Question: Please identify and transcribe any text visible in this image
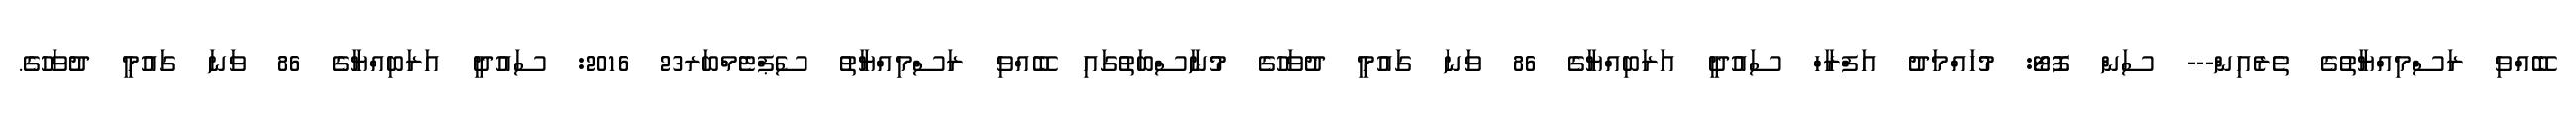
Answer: ބޭއްވި ރަސްމިއްޔާތުގެ ތެރެއިން--- ސަން ފޮޓޯ: މުހައްމަދު އަފްރާހް ސައުދީ އަރަބިއްޔާގެ 86 ވަނަ ގައުމީ ދުވަހުގެ މުނާސްބަތުގައި ބޭއްވި ރަސްމިއްޔާތު ސެޕްޓެމްބަރ23 2016: ސައުދީ އަރަބިއްޔާގެ 86 ވަނަ ގައުމީ ދުވަހުގެ.